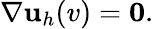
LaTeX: \nabla{\mathbf u}_{h}(v)={\mathbf 0}.